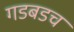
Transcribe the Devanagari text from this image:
गडबडच